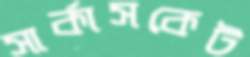
সার্কাসকেট